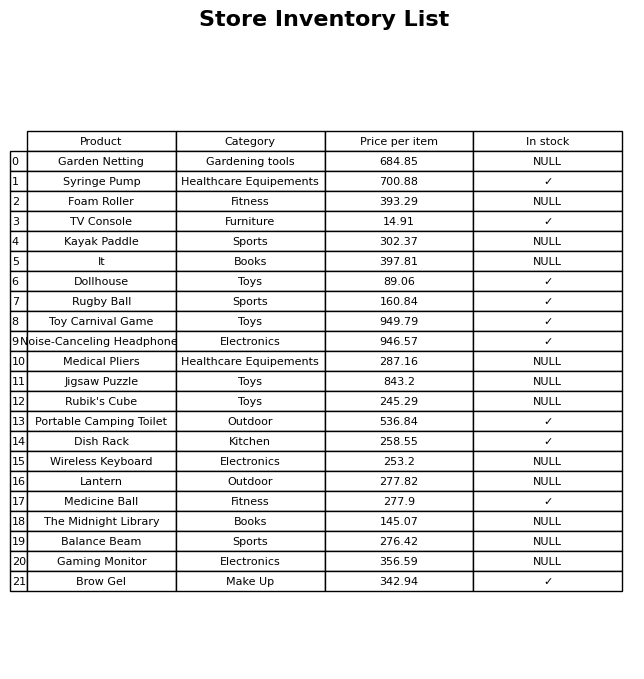
question: What is the price of the Portable Camping Toilet?
answer: The price of Portable Camping Toilet is 536.84.